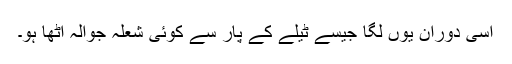
اسی دوران یوں لگا جیسے ٹیلے کے پار سے کوئی شعلہ جوالہ اٹھا ہو۔